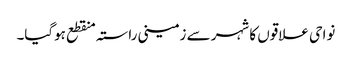
نواحی علاقوں کا شہر سے زمینی راستہ منقطع ہوگیا۔